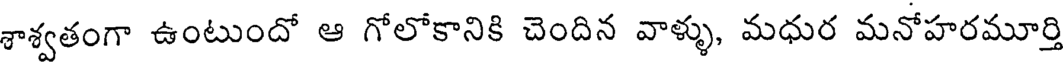
శాశ్వతంగా ఉంటుందో ఆ గోలోకానికి చెందిన వాళ్ళు, మధుర మనోహరమూర్తి